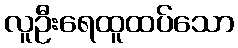
လူဦးရေထူထပ်သော